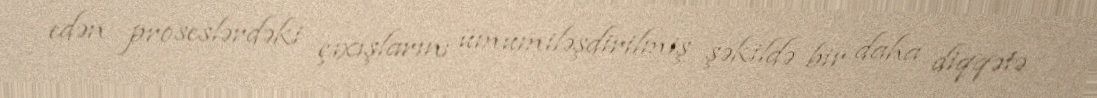
edən proseslərdəki çıxışlarını ümumiləşdirilmiş şəkildə bir daha diqqətə